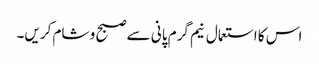
اس کا استعمال نیم گرم پانی سے صبح و شام کریں۔